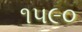
૧૫૯૦